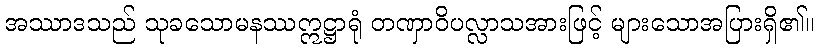
အဿာဒသည် သုခသောမနဿဣဋ္ဌာရုံ တဏှာဝိပလ္လာသအားဖြင့် များသောအပြားရှိ၏။